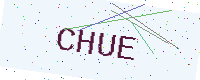
Text: CHUE